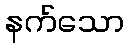
နက်သော